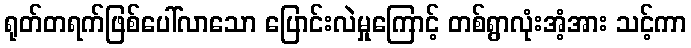
ရုတ်တရက်ဖြစ်ပေါ်လာသော ပြောင်းလဲမှုကြောင့် တစ်ရွာလုံးအံ့အား သင့်ကာ